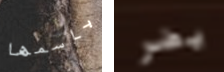
باسمها يضر